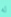
له